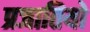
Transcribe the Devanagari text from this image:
प्रजातियो